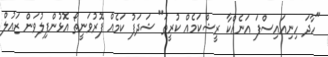
"ހާދަ ހިނިއައިސްފަ އަނެއްކާ ރީޝްކަމެއް ކުރީތަ" ޝަދަފު ކަމެއް ފޮރުވަނީތޯ އޮޅުންފިލުވަން ޒައުލް